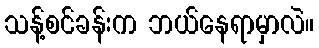
သန့်စင်ခန်းက ဘယ်နေရာမှာလဲ။